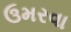
ઉમરવા